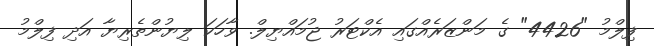
ފިލްމު "4426" ގެ މަންޒަރެއްގައި އެކްޓަރު ޖުމައްޔިލް. ވާހަކަ ލިޔުންތެރިޔާ އަދި ފިލްމު